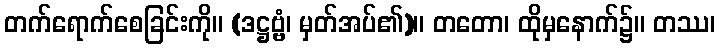
တက်ရောက်စေခြင်းကို။ (ဒဋ္ဌဗ္ဗံ၊ မှတ်အပ်၏)။ တတော၊ ထိုမှနောက်၌။ တဿ၊